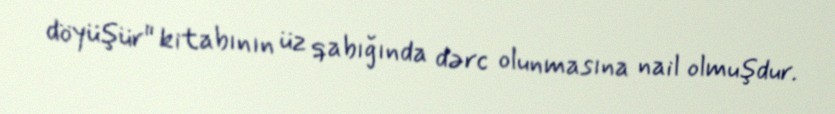
döyüşür" kitabının üz qabığında dərc olunmasına nail olmuşdur.